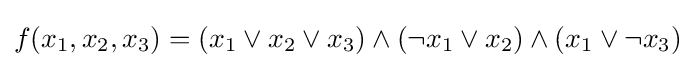
f(x_{1},x_{2},x_{3})=(x_{1}\lor x_{2}\lor x_{3})\land (\lnot x_{1}\lor x_{2})\land (x_{1}\lor \lnot x_{3})